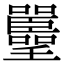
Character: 𡅚